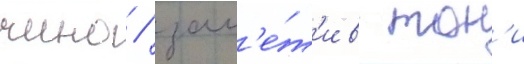
чино / зам'е́т'ив тон'и